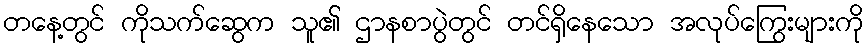
တနေ့တွင် ကိုသက်ဆွေက သူ၏ ဌာနစာပွဲတွင် တင်ရှိနေသော အလုပ်ကြွေးများကို